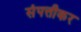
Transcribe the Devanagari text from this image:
संपत्तीकर